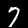
Label: 7